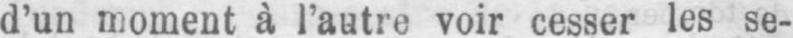
d’un moment à l’autre voir cesser les se-